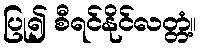
ပြု၍ စီရင်နိုင်လတ္တံ့။